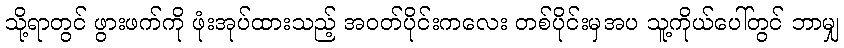
သို့ရာတွင် ဖွားဖက်ကို ဖုံးအုပ်ထားသည့် အဝတ်ပိုင်းကလေး တစ်ပိုင်းမှအပ သူ့ကိုယ်ပေါ်တွင် ဘာမျှ